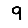
Digit: 9